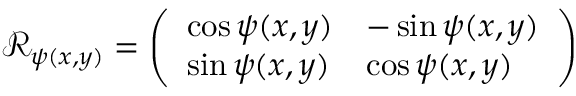
\mathcal { R } _ { \psi ( x , y ) } = \left( \begin{array} { l l } { \cos \psi ( x , y ) } & { - \sin \psi ( x , y ) } \\ { \sin \psi ( x , y ) } & { \cos \psi ( x , y ) } \end{array} \right)